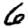
Digit: 6